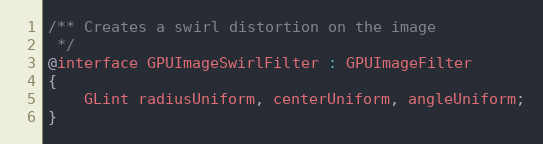
Language: C
/** Creates a swirl distortion on the image
 */
@interface GPUImageSwirlFilter : GPUImageFilter
{
    GLint radiusUniform, centerUniform, angleUniform;
}